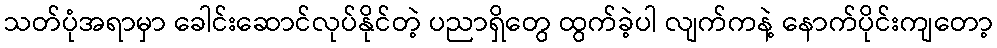
သတ်ပုံအရာမှာ ခေါင်းဆောင်လုပ်နိုင်တဲ့ ပညာရှိတွေ ထွက်ခဲ့ပါ လျက်ကနဲ့ နောက်ပိုင်းကျတော့